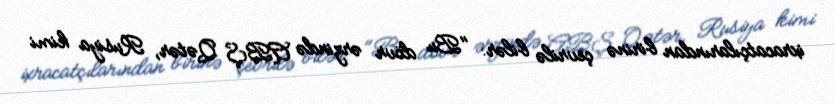
ixracatçılarından birinə çevrilə bilər: "Bu dövr ərzində ABŞ Qətər, Rusiya kimi